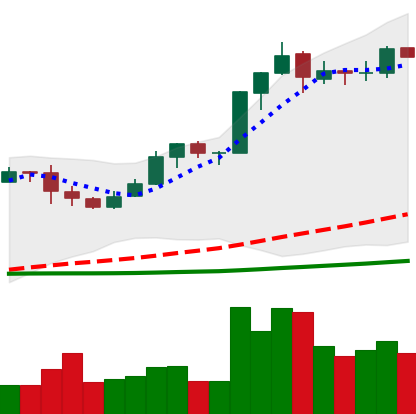
Ticker: BNB-USD
Chart end date: 2019-03-13
Forward return: 3.75%
Label: up_3_5